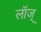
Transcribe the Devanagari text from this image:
लॉज्